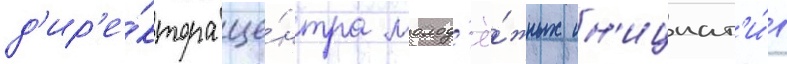
д'ир'е́ктора це́нтра молод'ё́жных ин'ициат'и́в